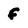
Character: f